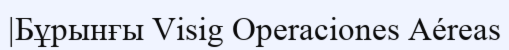
|Бұрынғы Visig Operaciones Aéreas